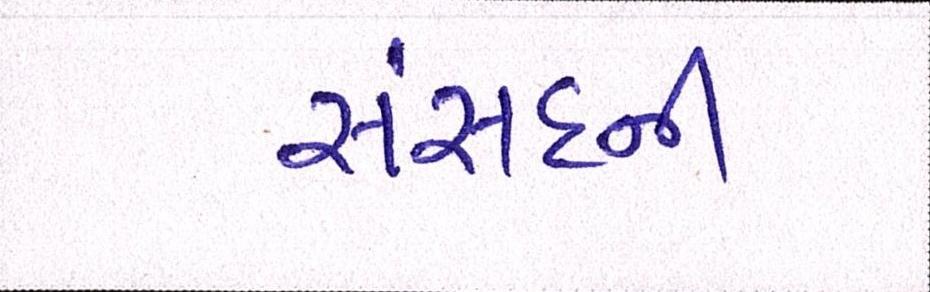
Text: સંસદની